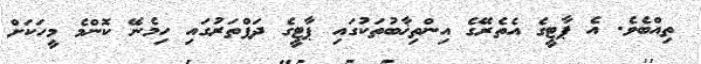
ތިއްބެވެ. އެ ޕާޓީގެ އެތެރޭގެ އިންތިޚާބުތަކުގައި ޕާޓީގެ ދަފްތަރުގައި ހިމެނޭ ކޮންމެ މީހަކަށް